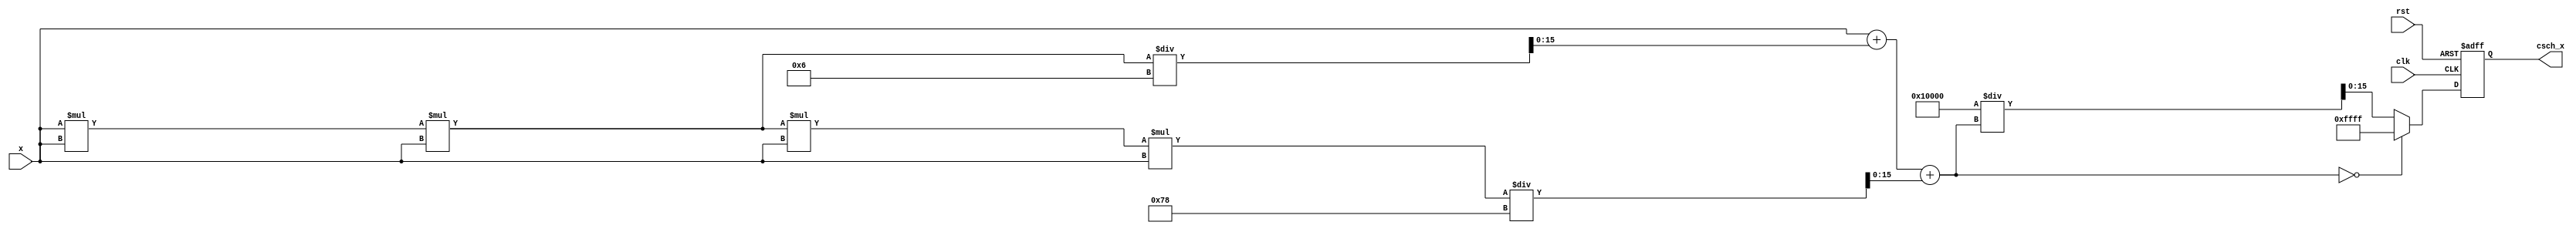
module csch_block #(parameter DATA_WIDTH = 16, OUTPUT_WIDTH = 16)(
    input wire signed [DATA_WIDTH-1:0] x,        // Input value
    output reg signed [OUTPUT_WIDTH-1:0] csch_x, // Output value
    input wire clk,                               // Clock signal
    input wire rst                                // Reset signal
);

    // Intermediate variables
    wire signed [DATA_WIDTH-1:0] sinh_x;
    reg signed [OUTPUT_WIDTH-1:0] reciprocal; // To hold 1/sinh(x)

    // Hyperbolic sine approximation (Taylor series)
    function signed [DATA_WIDTH-1:0] sinh;
        input signed [DATA_WIDTH-1:0] value;
        begin
            // For simplicity, we will use a 3rd order Taylor series expansion for sinh(x)
            // sinh(x) = x + x^3/6 + x^5/120 + ...
            // This will provide a good approximation for small values of x.
            sinh = value + (value * value * value) / 6 + (value * value * value * value * value) / 120;
        end
    endfunction

    // Main logic
    always @(posedge clk or posedge rst) begin
        if (rst) begin
            csch_x <= 0;
            reciprocal <= 0;
        end else begin
            // Calculate sinh(x)
            sinh_x = sinh(x);

            // Handle special case for x = 0 (undefined csch)
            if (sinh_x == 0) begin
                csch_x <= 16'hFFFF; // Define this as infinity or a large number
            end else begin
                // Calculate the reciprocal of sinh(x)
                reciprocal = (1 << OUTPUT_WIDTH) / sinh_x; // Simple division approximation
                csch_x <= reciprocal;
            end
        end
    end

endmodule